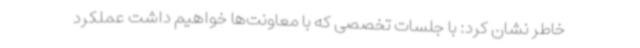
خاطر نشان کرد: با جلسات تخصصی که با معاونت‌ها خواهیم داشت عملکرد